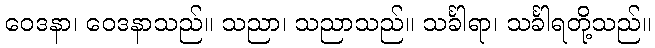
ဝေဒနာ၊ ဝေဒနာသည်။ သညာ၊ သညာသည်။ သင်္ခါရာ၊ သင်္ခါရတို့သည်။